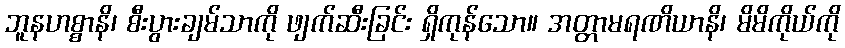
ဘူနဟစ္စာနိ၊ စီးပွားချမ်သာကို ဖျက်ဆီးခြင်း ရှိကုန်သော။ အတ္တာမရဏိယာနိ၊ မိမိကိုယ်ကို